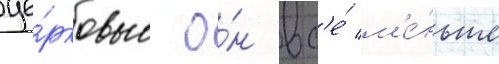
це́рковью о́н вс'е́ м'е́ньше